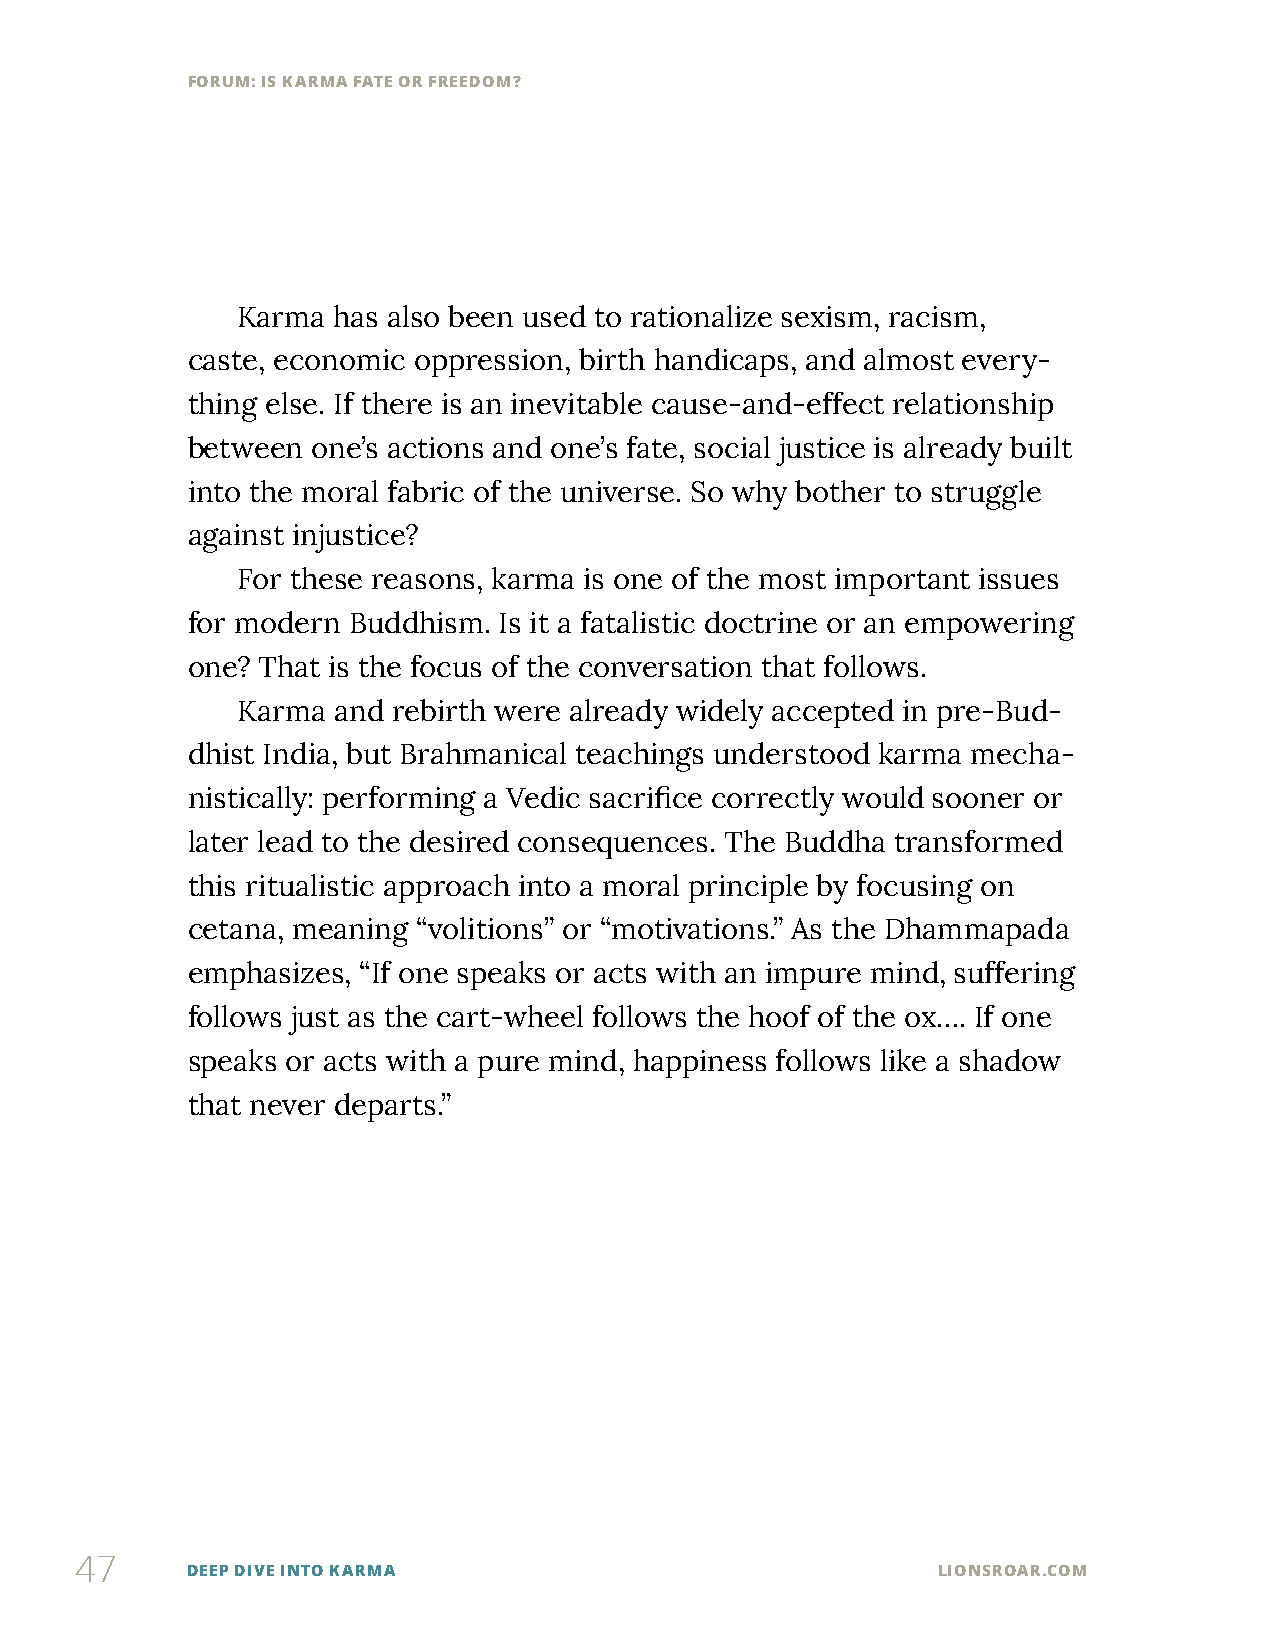
FORUM: IS KARMA FATE OR FREEDOM?
 Karma has also been used to rationalize sexism, racism,
 caste, economic oppression, birth handicaps, and almost every-
 thing else. If there is an inevitable cause-and-effect relationship
 between  one’s actions and one’s fate, social justice is already built
 into the moral fabric of the universe. So why bother to struggle
 against injustice?
 For these reasons, karma is one of the most important issues
 for modern Buddhism. Is it a fatalistic doctrine or an empowering
 one? That is the focus of the conversation that follows.
 Karma and rebirth were already widely accepted in pre-Bud-
 dhist India, but Brahmanical teachings understood karma mecha-
 nistically: performing a Vedic sacrifice correctly would sooner or
 later lead to the desired consequences. The Buddha transformed
 this ritualistic approach into a moral principle by focusing on
 cetana, meaning “volitions” or “motivations.” As the Dhammapada
 emphasizes, “If one speaks or acts with an impure mind, suffering
 follows just as the cart-wheel follows the hoof of the ox…. If one
 speaks or acts with a pure mind, happiness follows like a shadow
 that never departs.”
 47
 DEEP DIVE INTO KARMA                              LIONSROAR.COM